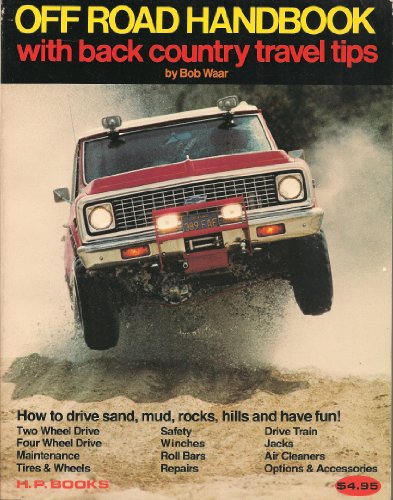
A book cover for Off Road Handbook With Back Country Travel Tips; Bob Waar; Travel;